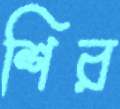
শির